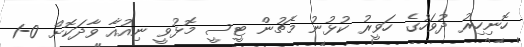
ހޮނިހިރު ދުވަހުގެ ހަވީރު ކުޅުނު މެޗުން ޓީސީ މޮޅުވީ ނިއުއާ ވާދަކޮށް 0-1